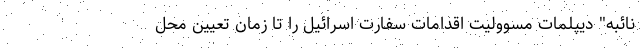
نائبه" دیپلمات مسوولیت اقدامات سفارت اسرائیل را تا زمان تعیین محل